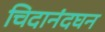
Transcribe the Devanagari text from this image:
चिदानंदघन